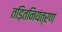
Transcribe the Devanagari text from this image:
तड़ितनियंत्रण